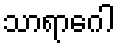
သာရာဂေါ